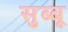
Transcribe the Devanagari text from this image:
सुब्बू